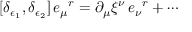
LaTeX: [ \delta _ { \epsilon _ { 1 } } , \delta _ { \epsilon _ { 2 } } ] \, e _ { \mu } { } ^ { r } = \partial _ { \mu } \xi ^ { \nu } \, e _ { \nu } { } ^ { r } + \cdots